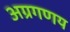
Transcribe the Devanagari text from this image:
अग्रगणय